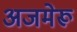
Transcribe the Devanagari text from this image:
अजमेरू